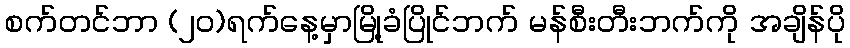
စက်တင်ဘာ (၂၀)ရက်နေ့မှာမြို့ခံပြိုင်ဘက် မန်စီးတီးဘက်ကို အချိန်ပို